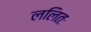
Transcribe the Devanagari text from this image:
ललितः